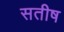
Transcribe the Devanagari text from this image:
सतीष